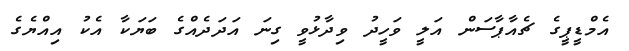
އެމްޑީޕީގެ ޗެއާޕާސަން އަލީ ވަހީދު ވިދާޅުވީ ގިނަ އަދަދެއްގެ ބަޔަކާ އެކު އިއްޔެގެ